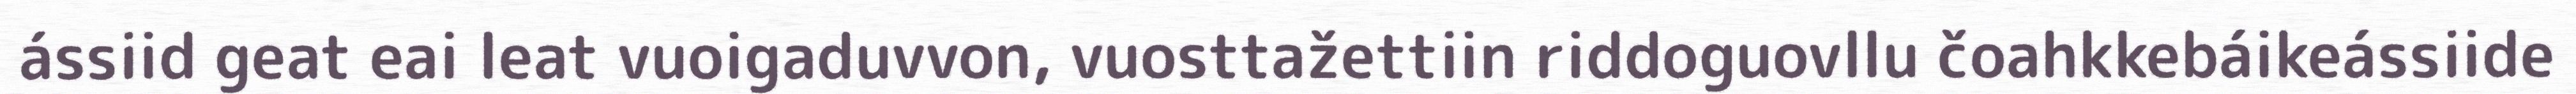
ássiid geat eai leat vuoigaduvvon, vuosttažettiin riddoguovllu čoahkkebáikeássiide